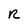
Character: R